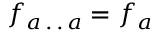
f _ { a \, . \, . \, a } = f _ { a }